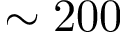
\sim 2 0 0